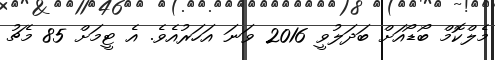
މެލްކޮމް ބޯޑޯއަށް ބަދަލުވީ 2016 ވަނަ އަހަރުއެވެ. އެ ޓީމަށް 85 މެޗު